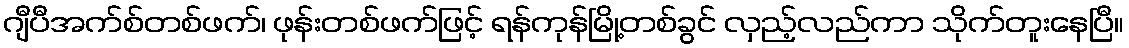
ဂျီပီအက်စ်တစ်ဖက်၊ ဖုန်းတစ်ဖက်ဖြင့် ရန်ကုန်မြို့တစ်ခွင် လှည့်လည်ကာ သိုက်တူးနေပြီ။